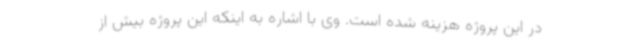
در این پروژه هزینه شده است. وی با اشاره به اینکه این پروژه بیش از